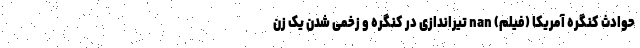
حوادث کنگره آمریکا (فیلم) nan تیراندازی در کنگره و زخمی شدن یک زن